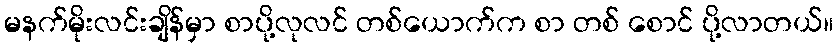
မနက်မိုးလင်းချိန်မှာ စာပို့လုလင် တစ်ယောက်က စာ တစ် စောင် ပို့လာတယ်။